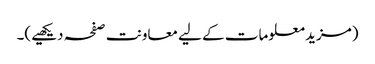
(مزید معلومات کے لیے معاونت صفحہ دیکھیے)۔